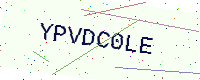
Text: YPVDC0LE